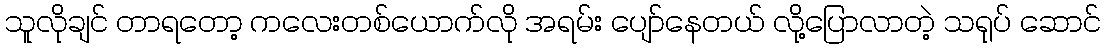
သူလိုချင် တာရတော့ ကလေးတစ်ယောက်လို အရမ်း ပျော်နေတယ် လို့ပြောလာတဲ့ သရုပ် ဆောင်